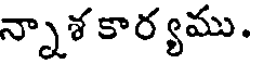
న్నాశ కార్యము.